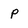
Character: p